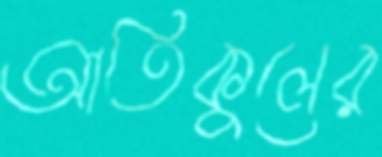
আতিকুলের